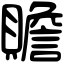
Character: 贍